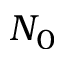
N _ { 0 }